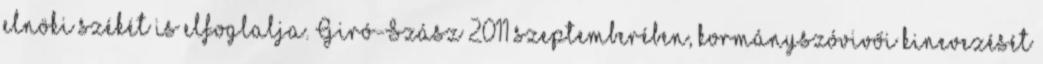
elnöki székét is elfoglalja. Giró-Szász 2011 szeptemberében, kormányszóvivői kinevezését